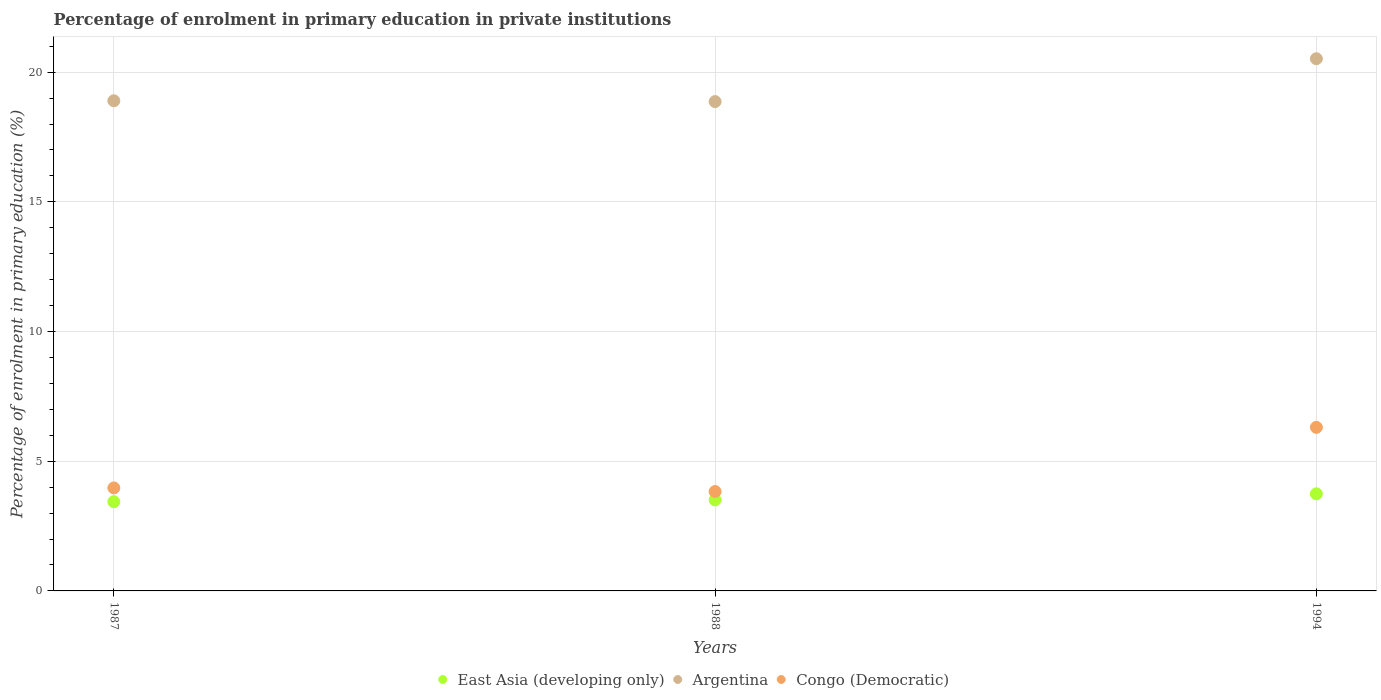
| Years | East Asia (developing only) | Argentina | Congo (Democratic) |
 | --- | --- | --- | --- |
 | 1987 | 3.44 | 18.9 | 3.97 |
 | 1988 | 3.51 | 18.9 | 3.83 |
 | 1994 | 3.74 | 20.5 | 6.31 |